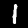
Label: 1